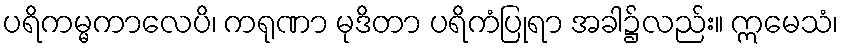
ပရိကမ္မကာလေပိ၊ ကရုဏာ မုဒိတာ ပရိကံပြုရာ အခါ၌လည်း။ ဣမေသံ၊